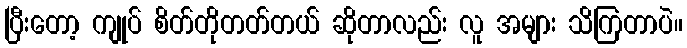
ပြီးတော့ ကျုပ် စိတ်တိုတတ်တယ် ဆိုတာလည်း လူ အများ သိကြတာပဲ။